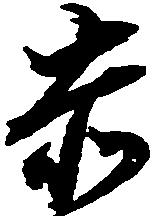
赤